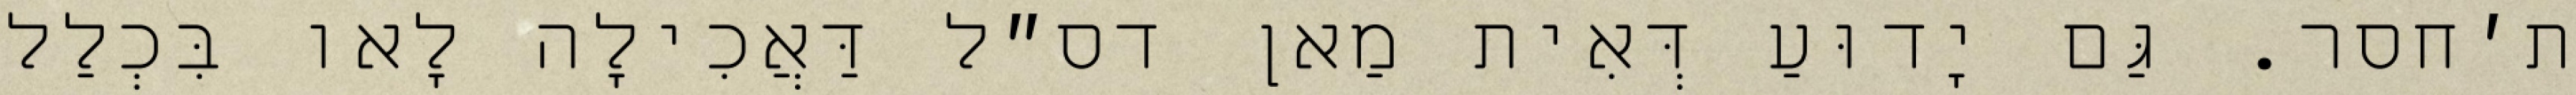
ת׳חסר. גַּם יָדוּעַ דְּאִית מַאן דס״ל דַּאֲכִילָה לָאו בִּכְלַל